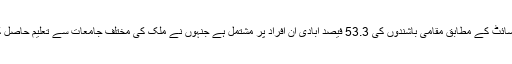
سعودی ویب سائٹ کے مطابق مقامی باشندوں کی 53.3 فیصد آبادی ان افراد پر مشتمل ہے جنہوں نے ملک کی مختلف جامعات سے تعلیم حاصل کر رکھی ہے۔